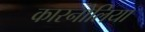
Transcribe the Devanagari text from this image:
कारनोलिया